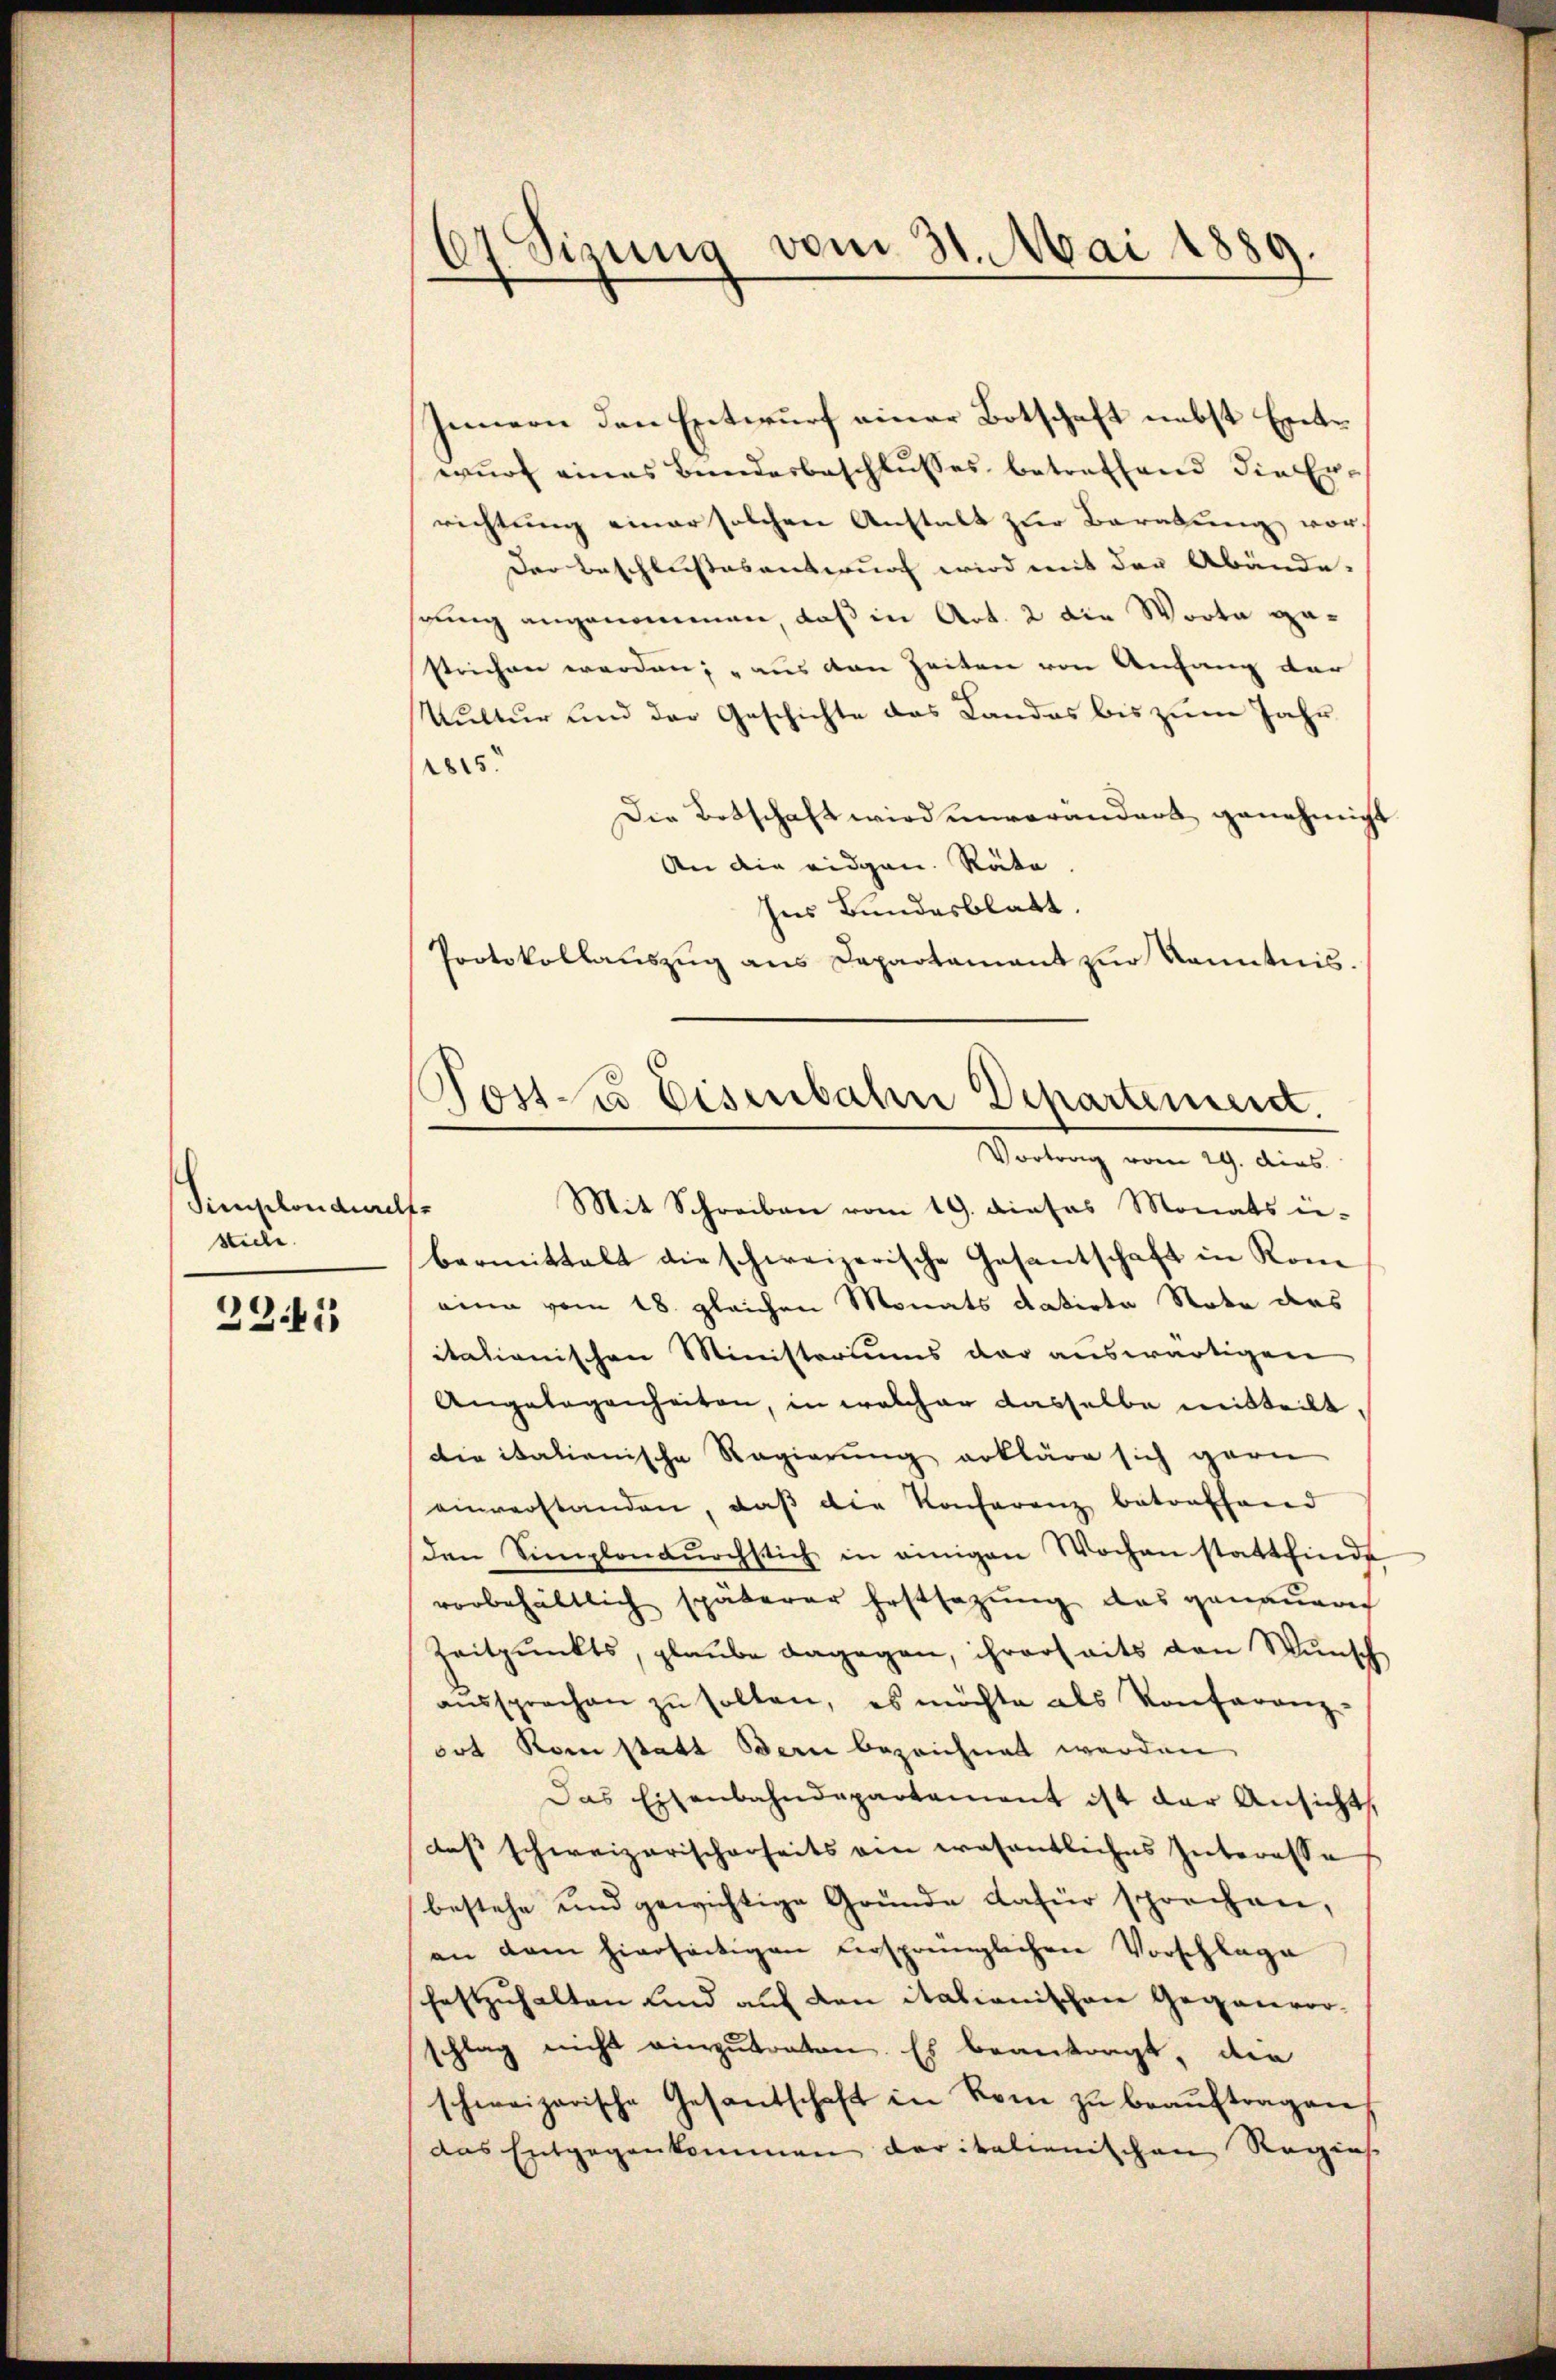
Simplonderelle
stiche.

2211

6t Sinung vom 31. Mai 1889.

Innern den Entwurf einer Botschaft nebst Entwŭrf eines Bunderbeschlŭsses betreffend die Errichtung einer solchen Anstalt zur Beratung vor.
Der Beschlußesentwurf wird mit der Abände.
sang angenommen, daß in Art. 2 die Worte gestrichen werden; „aus den Zeiten von Anfang der
Kultur und der Geschichte das Landes bis zum Jahr
1815
Die Botschaft wird unverändert genehmigt
An die eidgen. Räte
Ins Bundesblatt.
Protokollauszug aus Dapartamant zur Kenntnis.
Mit Schreiben vom 19. dieses Monats in-
bermittalt die schweizerische Gesantschaft in Rom
eine vom 18. gleichen Monats datirte Note des
itationischen Ministeriums der auswärtigen
Angelegenheiten, in welcher dasselbe mitteilt
die italienische Regierung erkläre sich garn
einverstanden, daβ die Konferenz betreffend
den Simplondŭrchstich in einigen Wochen stattfinde
vorbehältlich späterer Erstsezung des genauern
Zeitpunkts, glaube dagegen, ihrerseits den Wunsch
aŭssprechen zu sollen, es möchte als Konferenz-
oot Rom statt Bern bezeichnet werden
Das Eisenbahndepartement ist der Ansichts.
dass schweizerischerseits ein wesentliches Interesse
bestehe und gewichtige Gründe dafür sprechen,
an dem hierseitigen versprünglichen Vorschlage
festzuhalten und auf den italianischen Gegenvor-
schlag nicht einzutraten. Es beantragt, die
schweizerische Gesandschaft in Rom zŭ beaŭftragen,
das Entgegenkommen der italienischen Regies

Post da Eisenbahn Departement.
Vortrag vom 29. dies